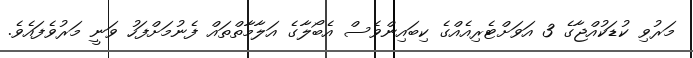
މަރުވި ކުޑަކުއްޖާގެ 3 އަވަށްޓެރިއެއްގެ ކިބައިންވެސް އެބޯލާގެ އަލާމާތްތައް ފެނުމަށްފަހު ވަނީ މަރުވެފައެވެ.